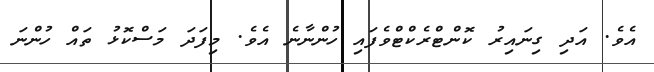
އެވެ. އަދި ގިނައިރު ކޮންޓްރެކްޓްވެފައި ހުންނާނެ އެވެ. މިފަދަ މަސްކޮޅު ތައް ހުންނަ